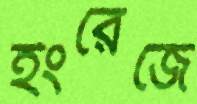
ইংরেজে